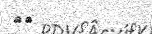
٩٥